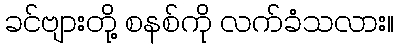
ခင်ဗျားတို့ စနစ်ကို လက်ခံသလား။